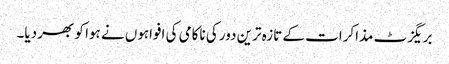
بریگزٹ مذاکرات کے تازہ ترین دور کی ناکامی کی افواہوں نے ہوا کو بھر دیا۔